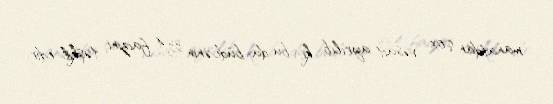
manatdan çox vəsait ayrılıb ki, bu da büdcənin 33,4 faizini təşkil edir.